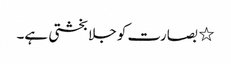
٭ بصارت کو جلا بخشتی ہے۔